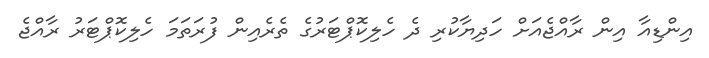
އިންޑިއާ އިން ރާއްޖެއަށް ހަދިޔާކުރި ދެ ހެލިކޮޕްޓަރުގެ ތެރެއިން ފުރަތަމަ ހެލިކޮޕްޓަރު ރާއްޖެ